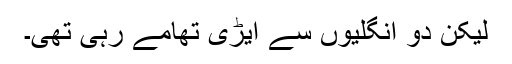
لیکن دو انگلیوں سے ایڑی تھامے رہی تھی۔